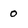
Character: 0